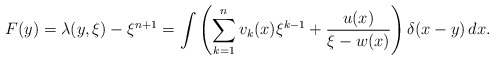
\begin{align*}F(y)=\lambda (y, \xi) - \xi^{n+1}= \int \left( \sum_{k=1}^n v_k(x) \xi^{k-1} + \frac{u(x)}{\xi-w(x)}\right) \delta(x-y)\,dx.\end{align*}